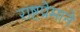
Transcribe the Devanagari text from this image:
राष्टप्रेमाने